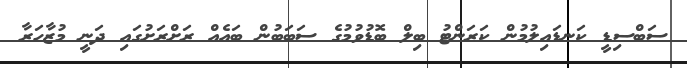
ސަބްސިޑީ ކަނޑައިލުމުން ކަރަންޓު ބިލް ބޮޑުވުމުގެ ސަބަބުން ބައެއް ރަށްރަށުގައި ދަނީ މުޒާހަރާ